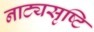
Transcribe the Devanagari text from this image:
नाट्यसृष्टि